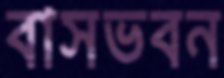
বাসভবন